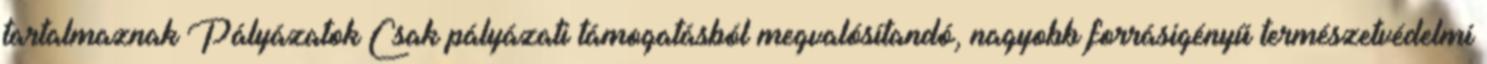
tartalmaznak Pályázatok Csak pályázati támogatásból megvalósítandó, nagyobb forrásigényű természetvédelmi